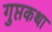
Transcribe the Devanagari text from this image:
गुप्तकथा